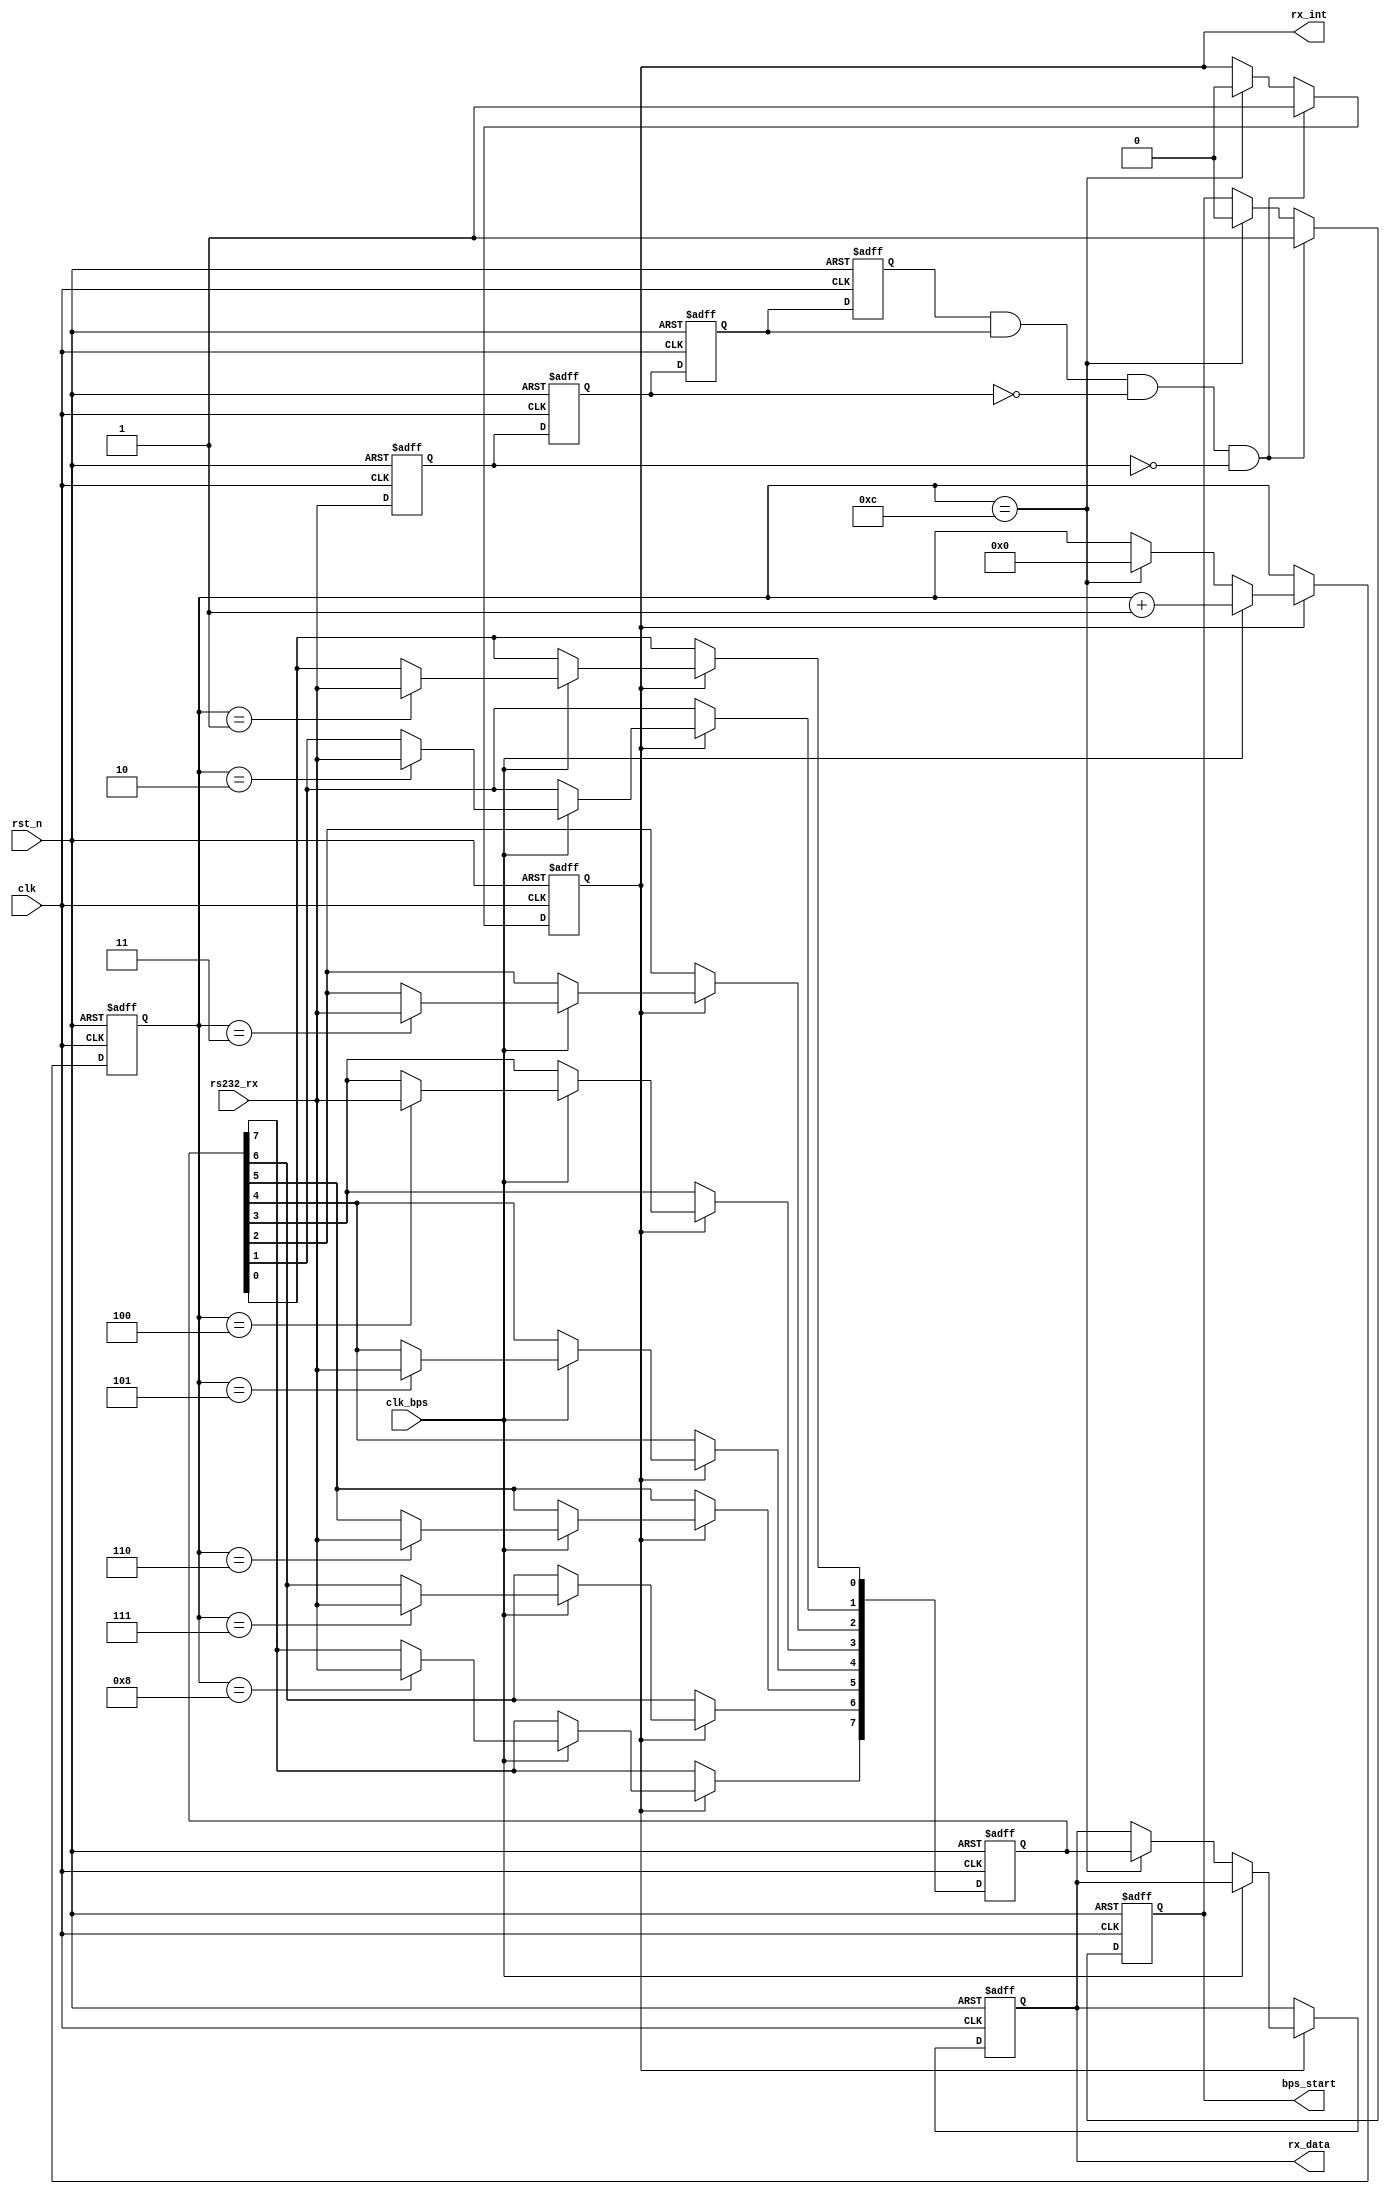
//uart rx
`timescale 1ns/1ps

module my_uart_rx(
	clk, rst_n,
	rs232_rx, rx_data,rx_int,
	clk_bps,bps_start
);

input clk;		//50MHz
input rst_n;	//reset clk, active low
input rs232_rx;	//RS232
input clk_bps;	//clk_bps
output bps_start;	//
output [7:0] rx_data;	//
output rx_int;		//

//----------------------------------------------------------------
reg rs232_rx0,rs232_rx1,rs232_rx2,rs232_rx3; //
wire neg_rs232_rx;	//

always@(posedge clk or negedge rst_n)
begin
	if(!rst_n)begin
		rs232_rx0 <= 1'b0;
		rs232_rx1 <= 1'b0;
		rs232_rx2 <= 1'b0;
		rs232_rx3 <= 1'b0;
	end
	else begin
		rs232_rx0 <= rs232_rx;
		rs232_rx1 <= rs232_rx0;
		rs232_rx2 <= rs232_rx1;
		rs232_rx3 <= rs232_rx2;
	end
end

//<20ns ~ 40ns(
//()
//40ns

assign neg_rs232_rx = rs232_rx3 & rs232_rx2 & ~rs232_rx1 & ~rs232_rx0;

//-------------------------------------------------------------------
reg bps_start_r;
reg [3:0] num;		//
reg rx_int;		//

always@(posedge clk or negedge rst_n)
begin
	if(!rst_n)begin
		bps_start_r <= 1'bz;
		rx_int <= 1'b0;
	end
	else if(neg_rs232_rx)begin		//rs232_rx
		bps_start_r <= 1'b1;		//
		rx_int <= 1'b1;				//
	end
	else if(num == 4'd12)begin		//
		bps_start_r <= 1'b0;		//
		rx_int <= 1'b0;				//
	end
end

assign bps_start = bps_start_r;
//-------------------------------------------------------------------
reg [7:0] rx_data_r;	//
//-------------------------------------------------------------------

reg	[7:0] rx_temp_data;	//

always@(posedge clk or negedge rst_n)
begin
	if(!rst_n) begin
		rx_temp_data <= 8'd0;
		num <= 4'd0;
		rx_data_r <= 8'd0;
	end
	else if(rx_int) begin	//
		if(clk_bps) begin	//
			num <= num + 1'b1;
			case(num)
				4'd1: rx_temp_data[0] <= rs232_rx;
				4'd2: rx_temp_data[1] <= rs232_rx;
				4'd3: rx_temp_data[2] <= rs232_rx;
				4'd4: rx_temp_data[3] <= rs232_rx;
				4'd5: rx_temp_data[4] <= rs232_rx;
				4'd6: rx_temp_data[5] <= rs232_rx;
				4'd7: rx_temp_data[6] <= rs232_rx;
				4'd8: rx_temp_data[7] <= rs232_rx;
				default: ;
			endcase
		end
		else if(num == 4'd12) begin
			num <= 4'd0;
			rx_data_r <= rx_temp_data;
		end
	end
end

assign rx_data = rx_data_r;

endmodule